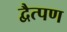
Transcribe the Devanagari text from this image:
द्वैत्पण